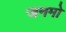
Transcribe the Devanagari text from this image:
जनमो